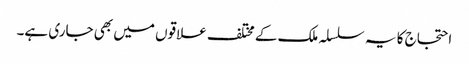
احتجاج کا یہ سلسلہ ملک کے مختلف علاقوں میں بھی جاری ہے۔